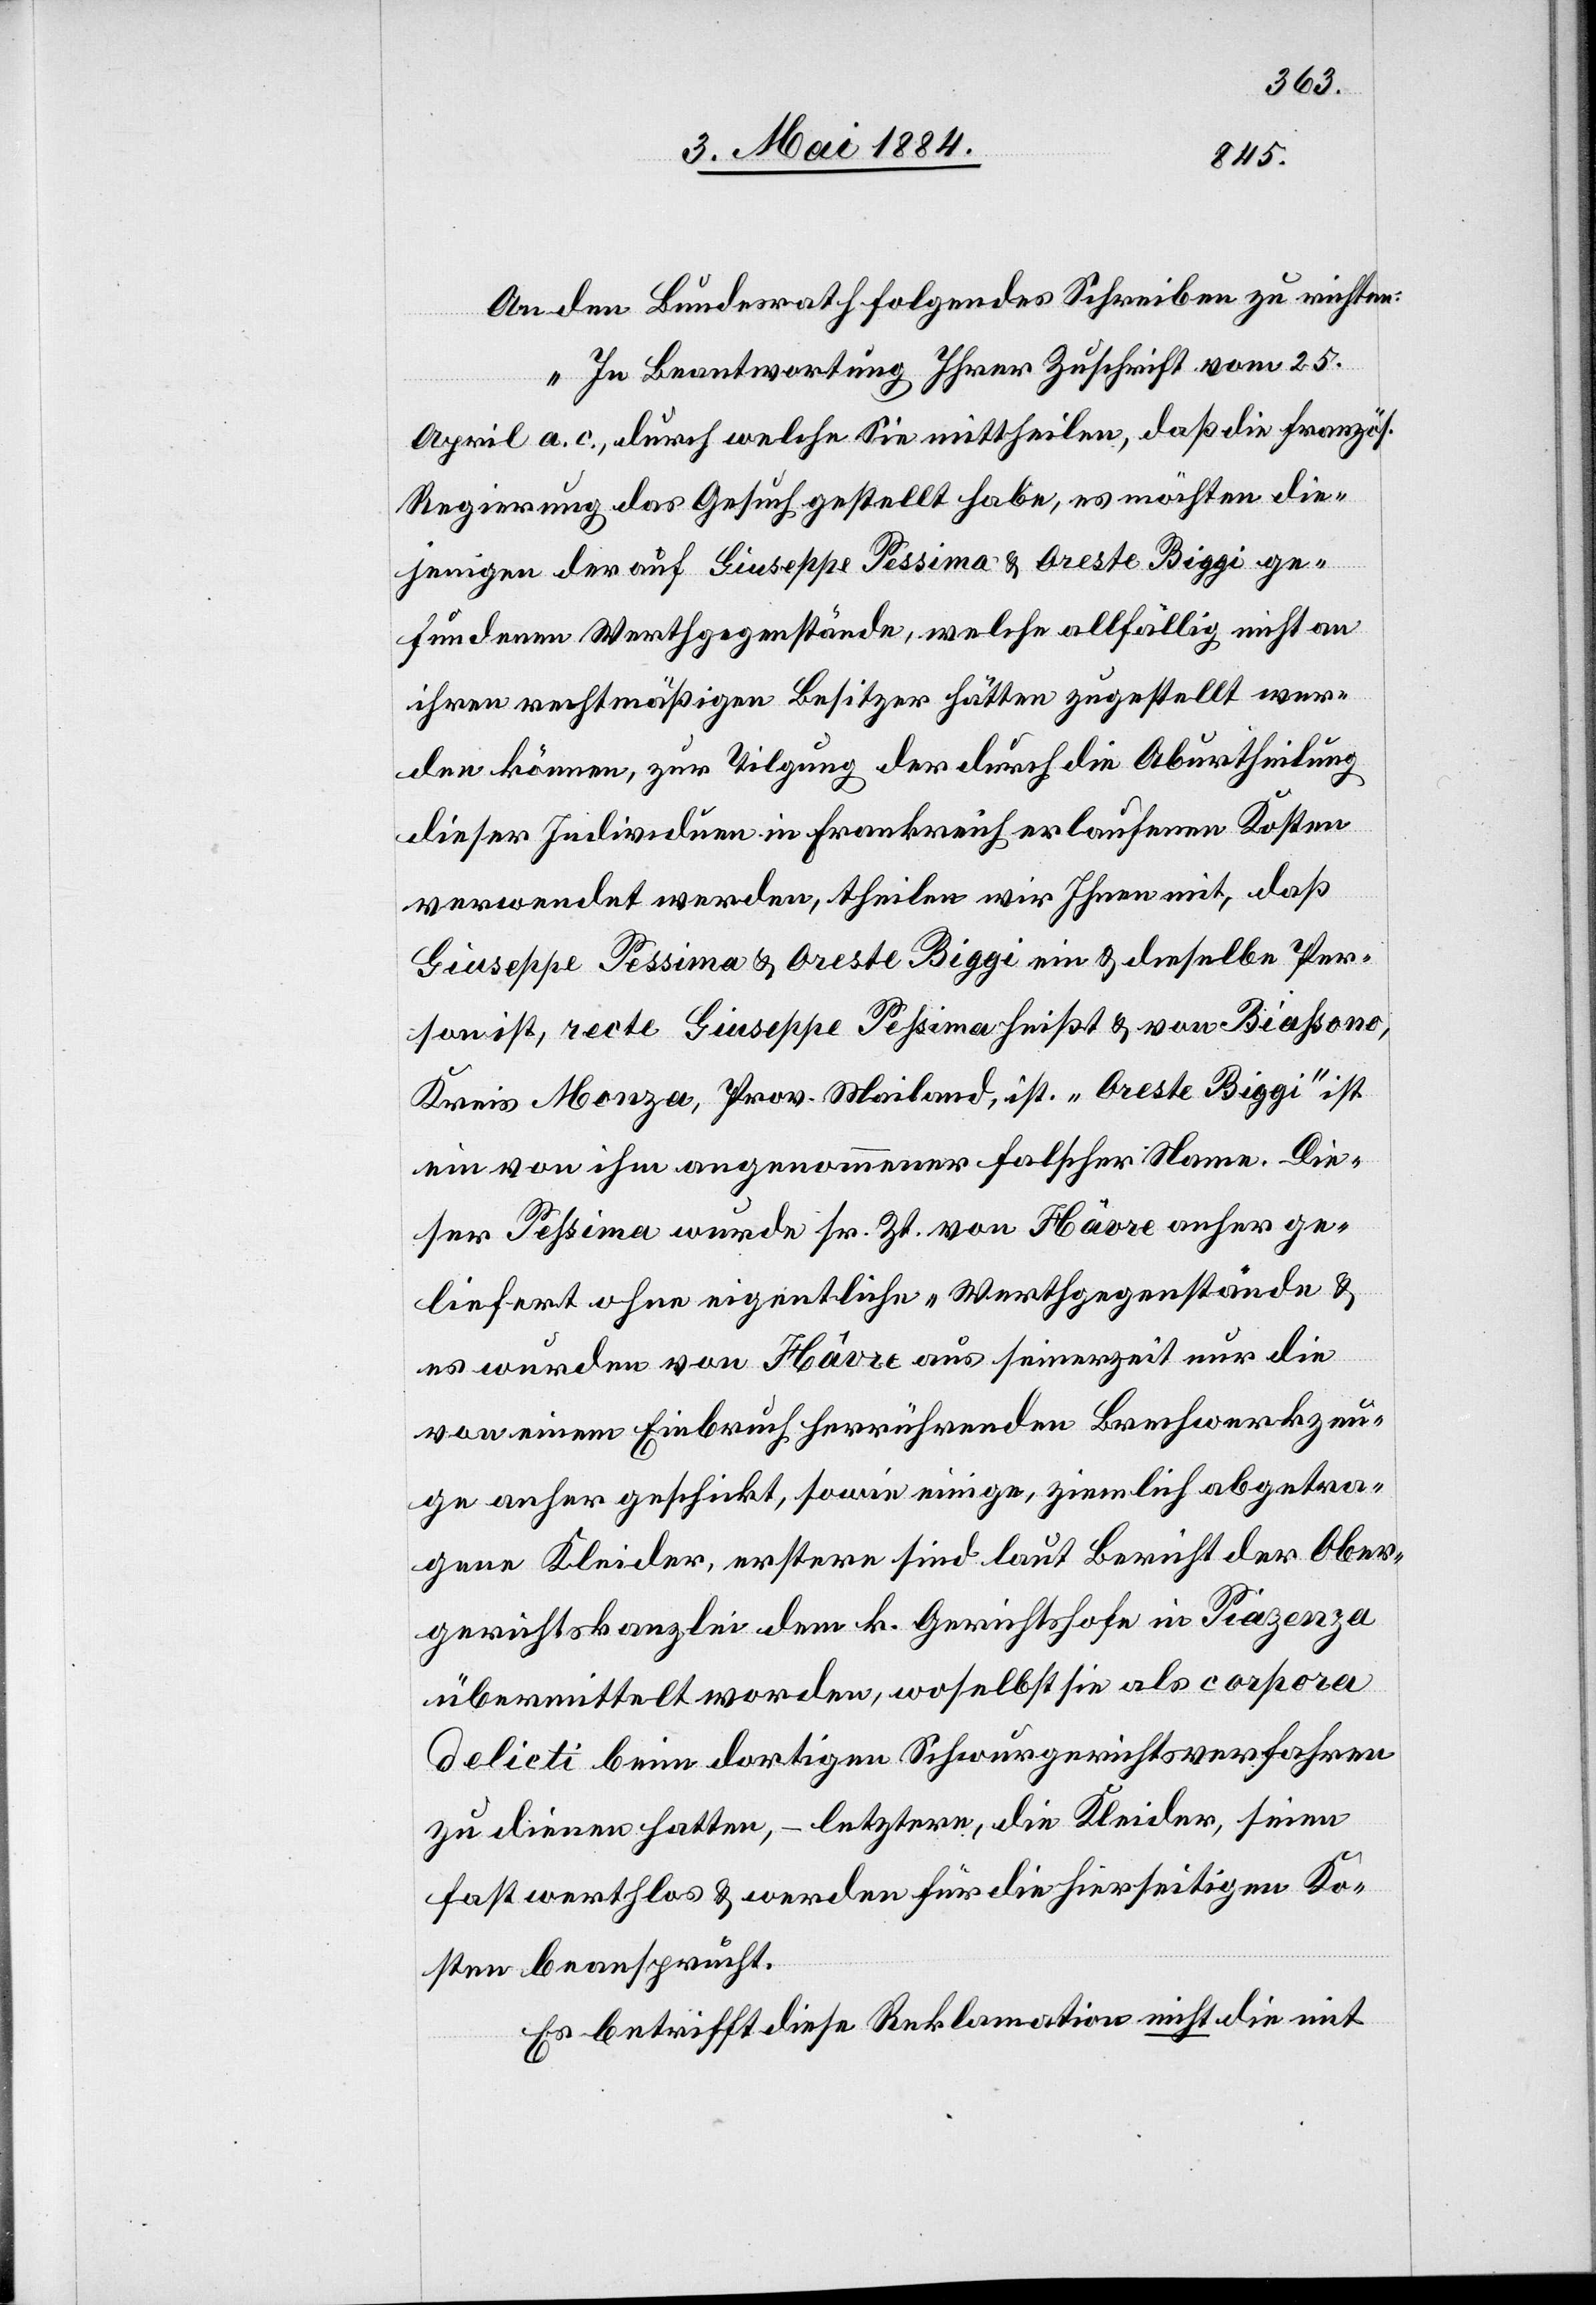
An den Bundesrath folgendes Schreiben zu richten:
„In Beantwortung Ihrer Zuschrift vom 25.
April a. c., durch welche Sie mittheilen, daß die französ.
Regierung das Gesuch gestellt habe, es möchten die¬
jenigen der auf Giuseppe Pessima & Oreste Biggi ge¬
fundenen Werthgegenstände, welche allfällig nicht an
ihren rechtmäßigen Besitzer hätten zugestellt wer¬
den könne, zur Tilgung der durch die Aburtheilung
dieser Individuen in Frankreich erlaufenen Kosten
verwendet werde, theilen wir Ihnen mit, daß
Giuseppe Pessima & Oreste Biggi ein & dieselbe Per¬
son ist, recte Giuseppe Pessima heißt & von Biassono
Kreis Monza, Prov. Mailand, ist. „Oreste Biggi“ ist
ein von ihm angenommener falscher Name. Die¬
ser Pessima wurde sr. Zt. von Hâvre anher ge¬
liefert ohne eigentliche „Werthgegenstände“ &
es wurden von Hâvre aus seinerzeit nur die
von einem Einbruch herrührenden Brechwerkzeu¬
ge anher geschickt, sowie einige, ziemlich abgetra¬
gene Kleider, erstere sind laut Bericht der Ober¬
gerichtskanzlei dem k. Gerichtshofe in Piazenza
übermittelt worden, woselbst sie als corpora
delicti beim dortigen Schwurgerichtsverfahren
zu dienen hatten, – letztere, die Kleider, seien
fast werthlos & werden für die hierseitigen Ko¬
sten beansprucht.
Es betrifft diese Reklamation nicht die mit